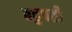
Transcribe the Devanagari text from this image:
बहुपर्ती